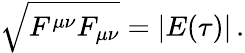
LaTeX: \sqrt{F^{\mu\nu}F_{\mu\nu}}=\vert E(\tau)\vert\, .